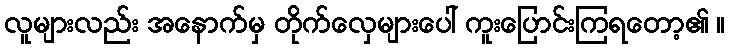
လူများလည်း အနောက်မှ တိုက်လှေများပေါ် ကူးပြောင်းကြရတော့၏ ။